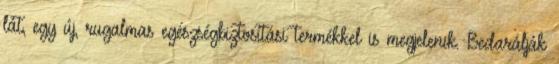
lát, egy új, rugalmas egészségbiztosítási termékkel is megjelenik. Bedarálják